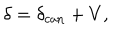
\delta = \delta _ { \mathrm { c a n } } + V ,